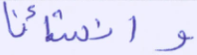
وأنشأنا